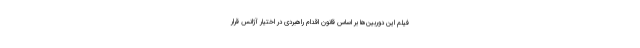
فیلم این دوربین‌ها بر اساس قانون اقدام راهبردی در اختیار آژانس قرار